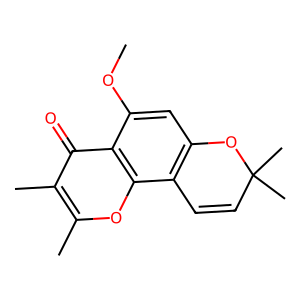
SMILES: COc1cc2c(c3oc(C)c(C)c(=O)c13)C=CC(C)(C)O2
Inhibits HIV replication: No